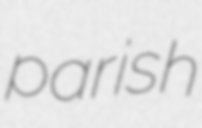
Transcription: parish